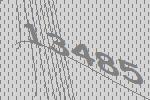
13485